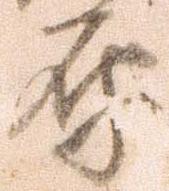
原